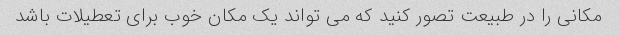
مکانی را در طبیعت تصور کنید که می تواند یک مکان خوب برای تعطیلات باشد